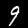
Label: 9